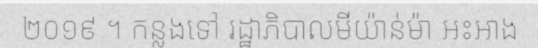
២០១៩ ។ កន្លងទៅ រដ្ឋាភិបាលមីយ៉ាន់ម៉ា អះអាង